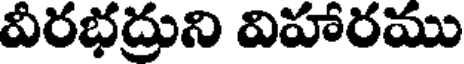
వీరభద్రుని విహారము